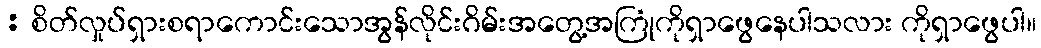
: စိတ်လှုပ်ရှားစရာကောင်းသောအွန်လိုင်းဂိမ်းအတွေ့အကြုံကိုရှာဖွေနေပါသလား ကိုရှာဖွေပါ။